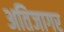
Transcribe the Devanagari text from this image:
अतिजागर